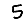
Digit: 5